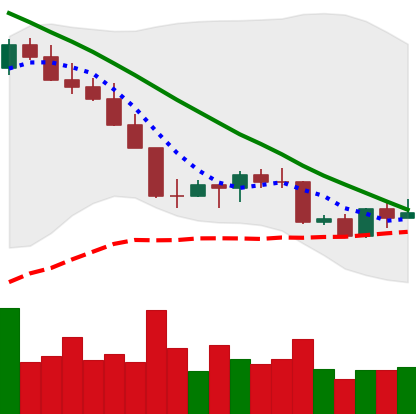
Ticker: LINK-USD
Chart end date: 2022-08-31
Forward return: 11.06%
Label: up_7plus